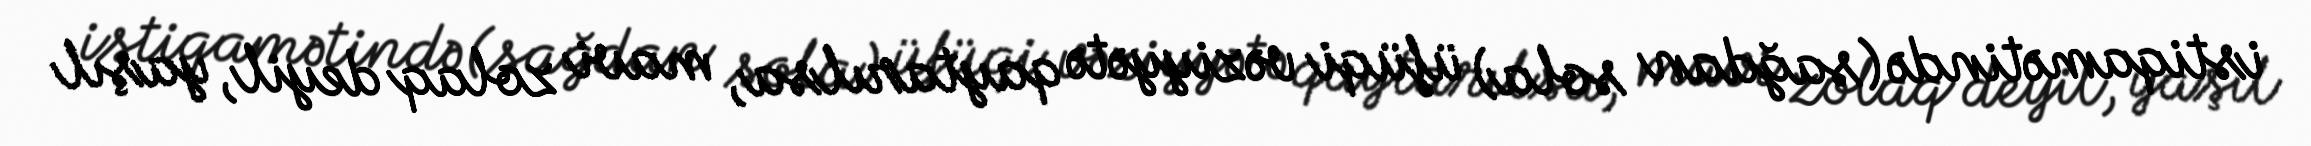
istiqamətində (sağdan sola) üfüqi vəziyyətə qaytarılsa, mavi zolaq deyil, yaşıl